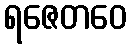
ရဇေတဝေ